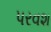
પરવશ